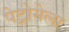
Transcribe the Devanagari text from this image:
पेट्रोनेला